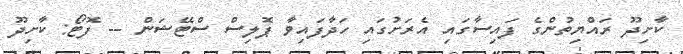
ކާށިދޫ ރައްޔިތުންގެ ފައިސާގައި އެރަށުގައި ހަދާފައިވާ ޕޮލިސް ސްޓޭޝަން -- ފޮޓޯ: ކާށިދޫ